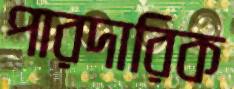
পারদারিক